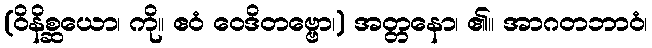
(ဝိနိစ္ဆယော၊ ကို။ ဧဝံ ဝေဒိတဗ္ဗော၊) အတ္တနော၊ ၏။ အာဂတဘာဝံ၊